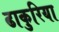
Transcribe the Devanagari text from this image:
ढाकुरिया